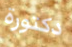
دكتورة